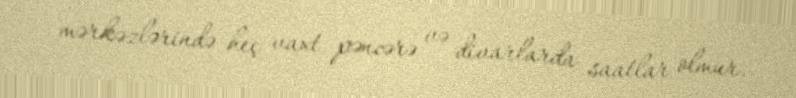
mərkəzlərində heç vaxt pəncərə və divarlarda saatlar olmur.